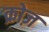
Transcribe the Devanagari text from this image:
क्रोज़